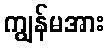
ကျွန်မအား